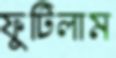
ফুটিলাম